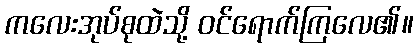
ကလေးအုပ်စုထဲသို့ ဝင်ရောက်ကြလေ၏။